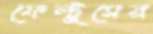
ফেল্টুসের